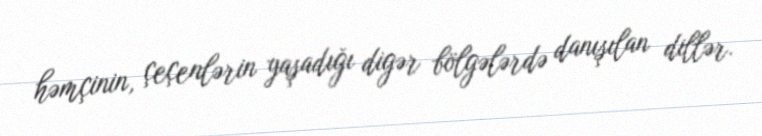
həmçinin, çeçenlərin yaşadığı digər bölgələrdə danışılan dillər.